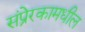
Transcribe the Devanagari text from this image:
संप्रेरकामधील